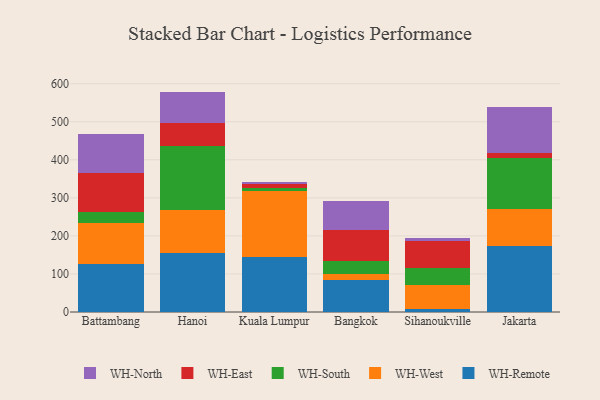
{"axis": {"x": "City", "y": "Revenue (USD Million)"}, "legend": ["WH-East", "WH-North", "WH-Remote", "WH-South", "WH-West"], "data": [{"x": "Battambang", "y": 126.4, "type": "WH-Remote"}, {"x": "Battambang", "y": 108.0, "type": "WH-West"}, {"x": "Battambang", "y": 27.9, "type": "WH-South"}, {"x": "Battambang", "y": 103.4, "type": "WH-East"}, {"x": "Battambang", "y": 101.4, "type": "WH-North"}, {"x": "Hanoi", "y": 154.8, "type": "WH-Remote"}, {"x": "Hanoi", "y": 113.7, "type": "WH-West"}, {"x": "Hanoi", "y": 166.6, "type": "WH-South"}, {"x": "Hanoi", "y": 60.6, "type": "WH-East"}, {"x": "Hanoi", "y": 83.6, "type": "WH-North"}, {"x": "Kuala Lumpur", "y": 145.7, "type": "WH-Remote"}, {"x": "Kuala Lumpur", "y": 173.3, "type": "WH-West"}, {"x": "Kuala Lumpur", "y": 6.2, "type": "WH-South"}, {"x": "Kuala Lumpur", "y": 10.3, "type": "WH-East"}, {"x": "Kuala Lumpur", "y": 6.8, "type": "WH-North"}, {"x": "Bangkok", "y": 83.7, "type": "WH-Remote"}, {"x": "Bangkok", "y": 15.3, "type": "WH-West"}, {"x": "Bangkok", "y": 35.4, "type": "WH-South"}, {"x": "Bangkok", "y": 82.3, "type": "WH-East"}, {"x": "Bangkok", "y": 75.9, "type": "WH-North"}, {"x": "Sihanoukville", "y": 7.6, "type": "WH-Remote"}, {"x": "Sihanoukville", "y": 62.9, "type": "WH-West"}, {"x": "Sihanoukville", "y": 44.3, "type": "WH-South"}, {"x": "Sihanoukville", "y": 72.8, "type": "WH-East"}, {"x": "Sihanoukville", "y": 6.0, "type": "WH-North"}, {"x": "Jakarta", "y": 172.3, "type": "WH-Remote"}, {"x": "Jakarta", "y": 99.7, "type": "WH-West"}, {"x": "Jakarta", "y": 133.7, "type": "WH-South"}, {"x": "Jakarta", "y": 12.2, "type": "WH-East"}, {"x": "Jakarta", "y": 122.1, "type": "WH-North"}]}